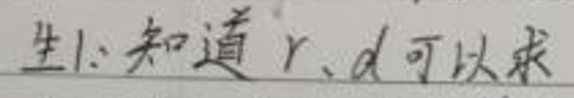
生1: 知道 $r$、$d$ 可以求